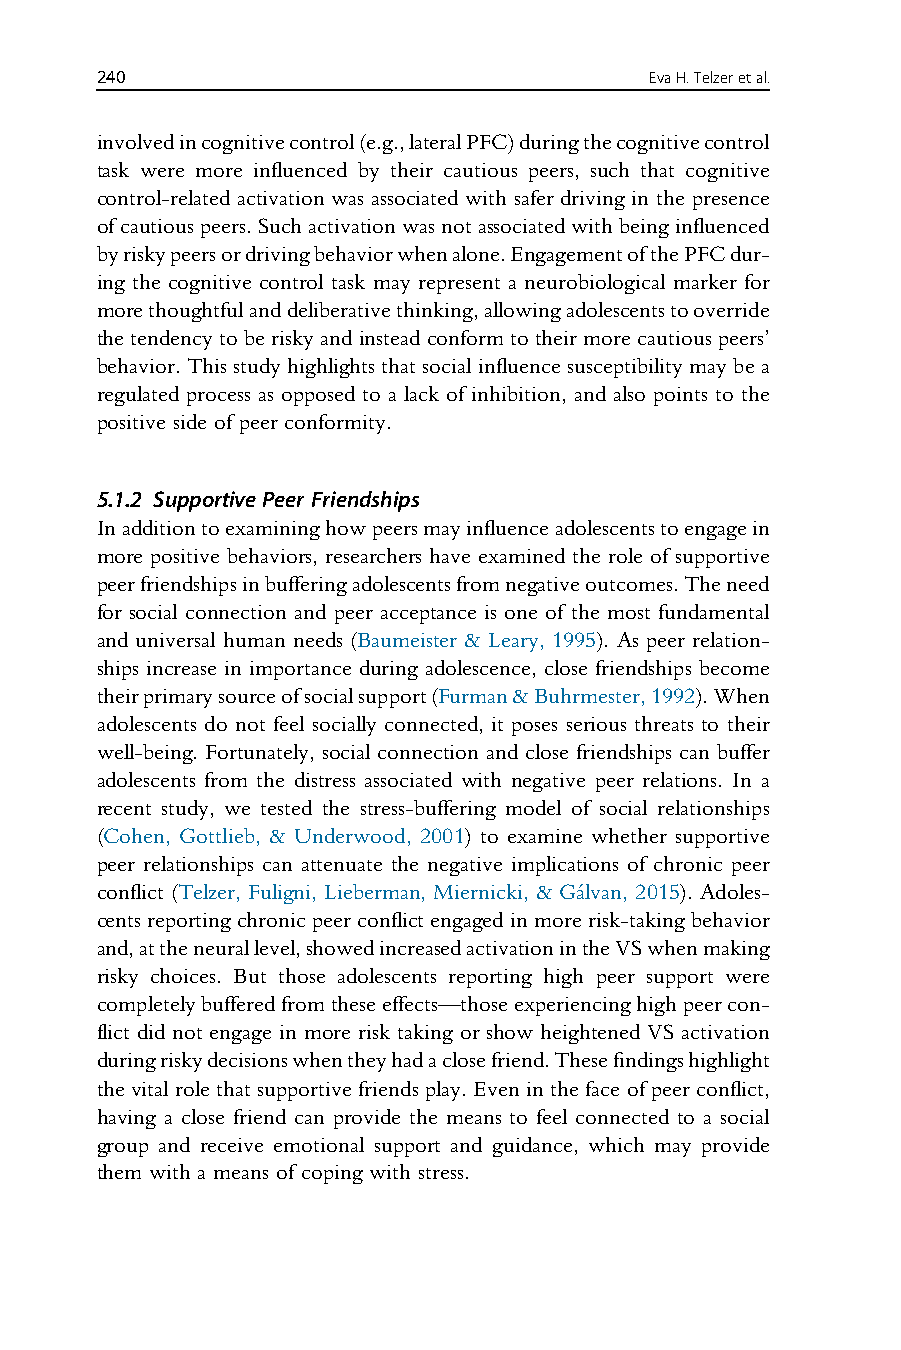
240                                  EvaH.Telzeretal.
 involvedincognitivecontrol(e.g.,lateralPFC)duringthecognitivecontrol
 task were more influenced by their cautious peers, such that cognitive
 control-related activation was associated with safer driving in the presence
 ofcautiouspeers.Suchactivationwasnotassociatedwithbeinginfluenced
 byriskypeersordrivingbehaviorwhenalone.EngagementofthePFCdur-
 ing the cognitive control task may represent a neurobiological marker for
 morethoughtfulanddeliberativethinking,allowingadolescentstooverride
 thetendencyto beriskyandinsteadconformtotheir morecautiouspeers’
 behavior. This study highlights thatsocial influence susceptibilitymay bea
 regulated process as opposed to a lack of inhibition, and also points to the
 positive side of peer conformity.
 5.1.2 Supportive Peer Friendships
 Inadditiontoexamininghowpeersmayinfluenceadolescentstoengagein
 more positive behaviors, researchers have examined the role of supportive
 peerfriendshipsinbufferingadolescentsfromnegativeoutcomes.Theneed
 for social connection and peer acceptance is one of the most fundamental
 and universal human needs (Baumeister & Leary, 1995). As peer relation-
 ships increase in importance during adolescence, close friendships become
 theirprimarysourceofsocialsupport(Furman&Buhrmester,1992).When
 adolescents do not feel socially connected, it poses serious threats to their
 well-being. Fortunately, social connection and close friendships can buffer
 adolescents from the distress associated with negative peer relations. In a
 recent study, we tested the stress-buffering model of social relationships
 (Cohen, Gottlieb, & Underwood, 2001) to examine whether supportive
 peer relationships can attenuate the negative implications of chronic peer
 conflict (Telzer, Fuligni, Lieberman, Miernicki, & Ga´lvan, 2015). Adoles-
 centsreportingchronicpeerconflictengagedinmorerisk-takingbehavior
 and,attheneurallevel,showedincreasedactivationintheVSwhenmaking
 risky choices. But those adolescents reporting high peer support were
 completelybufferedfromtheseeffects—thoseexperiencinghighpeercon-
 flict did not engage in more risk taking or show heightened VS activation
 duringriskydecisionswhentheyhadaclosefriend.Thesefindingshighlight
 the vital role that supportive friends play. Even in the face of peer conflict,
 having a close friend can provide the means to feel connected to a social
 group and receive emotional support and guidance, which may provide
 them with a means of coping with stress.